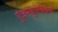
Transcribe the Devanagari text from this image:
गुंजमधुमक्खियों